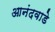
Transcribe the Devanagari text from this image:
आनंदवाडे